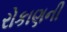
રોકાણની